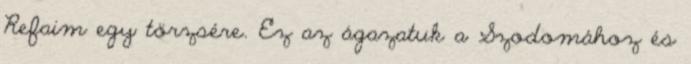
Refaim egy törzsére. Ez az ágazatuk a Szodomához és